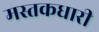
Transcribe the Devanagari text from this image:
मस्तकधारी